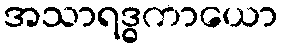
အသာရဒ္ဓကာယော